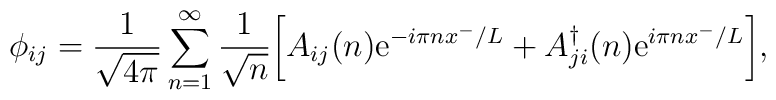
\phi_{ij} =  \frac{1}{\sqrt{4\pi}} \sum_{n=1}^{\infty}\frac{1}{\sqrt{n}} \bigg[ A_{ij}(n){\rm e}^{-i\pi n x^{-}/L} +A_{ji}^{\dag}(n) {\rm e}^{i\pi nx^{-}/L}\bigg],